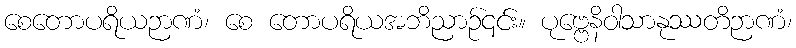
စေတောပရိယဉာဏံ၊ စေ တောပရိယအဘိညာဉ်၎င်း။ ပုဗ္ဗေနိဝါသာနုဿတိဉာဏံ၊